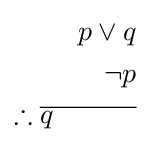
{\begin{aligned}p\vee q\\\neg p\\\therefore {\overline {q\quad \quad \quad }}\\\end{aligned}}